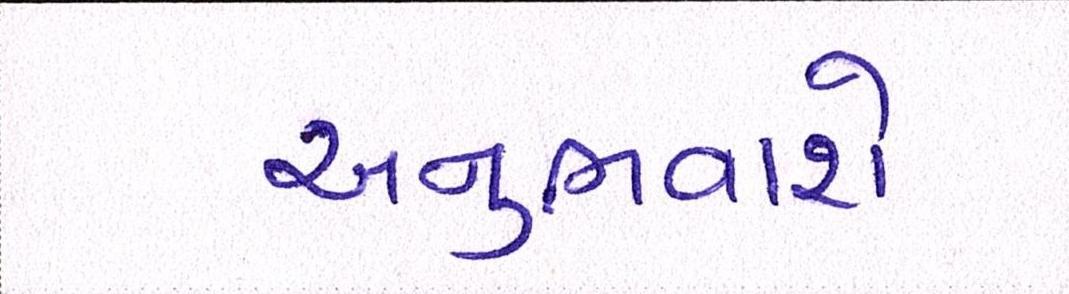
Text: અનુભવાશે